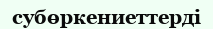
субөркениеттерді